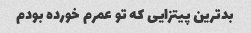
بدترین پیتزایی که تو عمرم خورده بودم